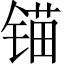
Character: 锚